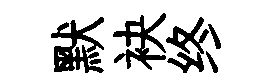
默袂终